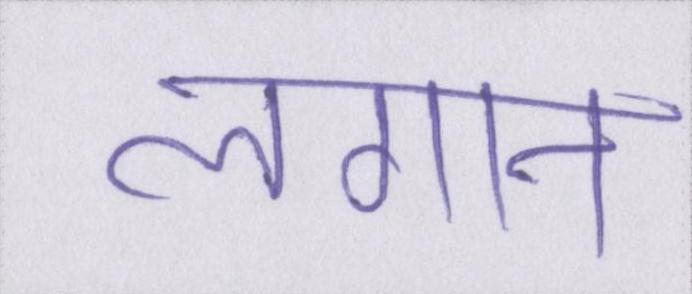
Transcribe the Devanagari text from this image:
लगान